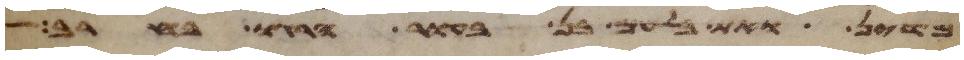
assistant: מדין ואת בלעם בן בעור הרגו בחרב